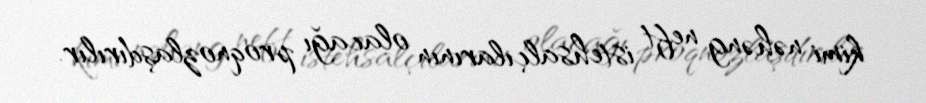
kimi nəhəng neft istehsalçılarının olacağı proqnozlaşdırılır.